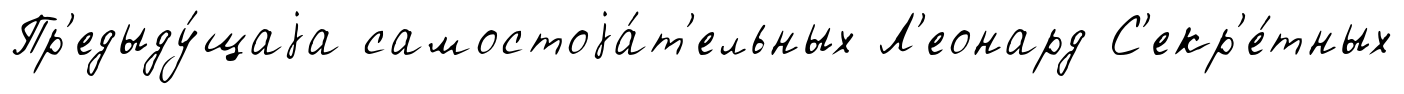
Пр'едыду́щаjа самостоjа́т'ельных Л'еонард С'екр'е́тных